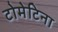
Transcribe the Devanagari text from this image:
टोमेटिना